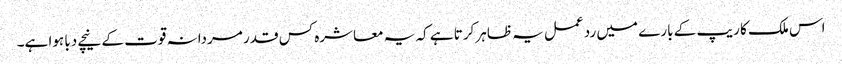
اس ملک کا ریپ کے بارے میں رد عمل یہ ظاہر کرتا ہے کہ یہ معاشرہ کس قدر مردانہ قوت کے نیچے دبا ہوا ہے۔